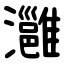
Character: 灉